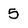
Character: 5